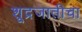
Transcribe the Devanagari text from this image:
शूद्रजातीचा